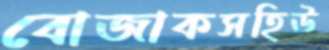
বোজাকসহিউ